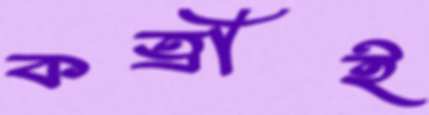
কর্ত্রীই